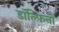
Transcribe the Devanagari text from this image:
डॉल्फ़िनों